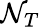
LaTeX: \mathcal{N}_{T}